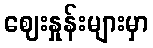
ဈေးနှုန်းများမှာ